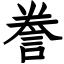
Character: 誊